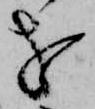
を